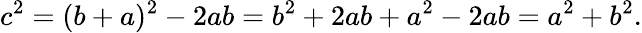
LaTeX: c^{2}=(b+a)^{2}-2ab=b^{2}+2ab+a^{2}-2ab=a^{2}+b^{2}.